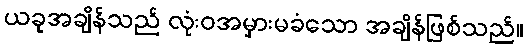
ယခုအချိန်သည် လုံးဝအမှားမခံသော အချိန်ဖြစ်သည်။